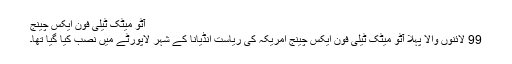
آٹو میٹک ٹیلی فون ایکس چینج
99 لائنوں والا پہلا آٹو میٹک ٹیلی فون ایکس چینج امریکہ کی ریاست انڈیانا کے شہر لاپورٹے میں نصب کیا گیا تھا۔